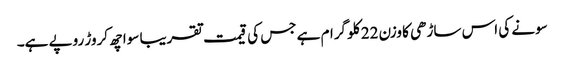
سونے کی اس ساڑھی کا وزن 22 کلو گرام ہے جس کی قیمت تقریبا سوا چھ کروڑ روپے ہے۔